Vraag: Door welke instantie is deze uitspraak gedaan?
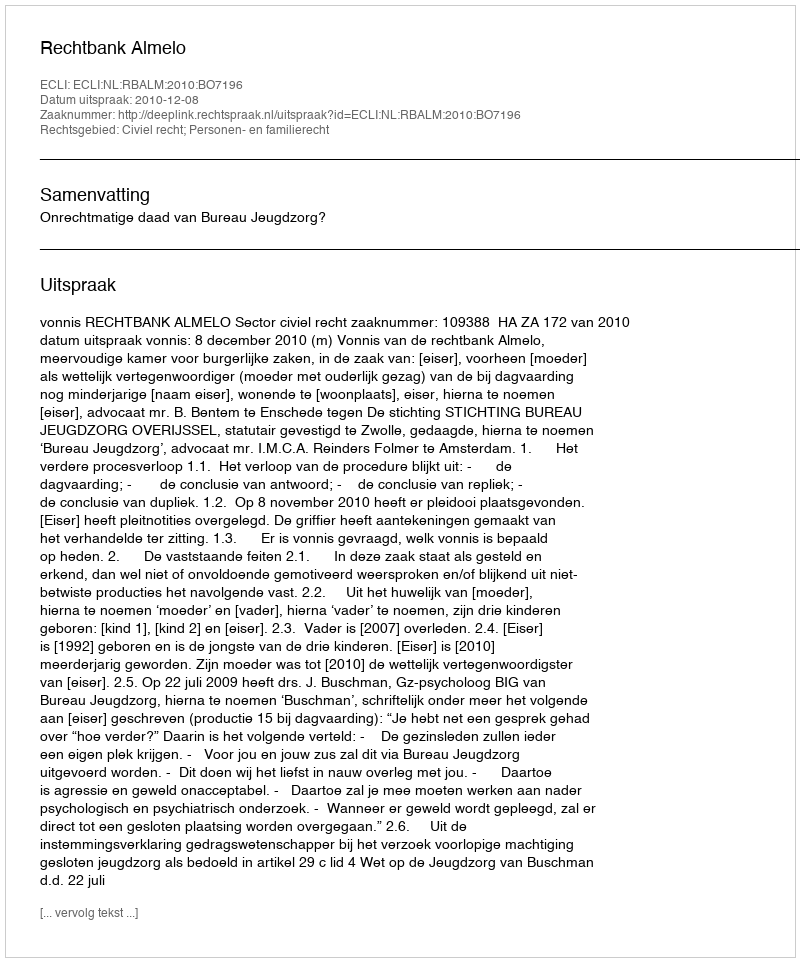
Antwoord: Rechtbank Almelo